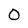
Character: 0